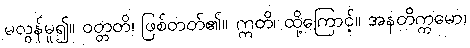
မလွန်မူ၍။ ဝတ္တတိ၊ ဖြစ်တတ်၏။ ဣတိ၊ ထို့ကြောင့်။ အနတိက္ကမော၊